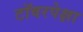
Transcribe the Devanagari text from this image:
टॉवरपेक्षा